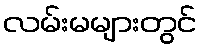
လမ်းမများတွင်